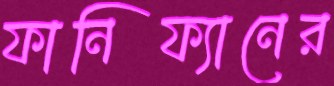
ফানিফ্যানের